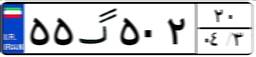
۳۴گ۱۲۶۷۳